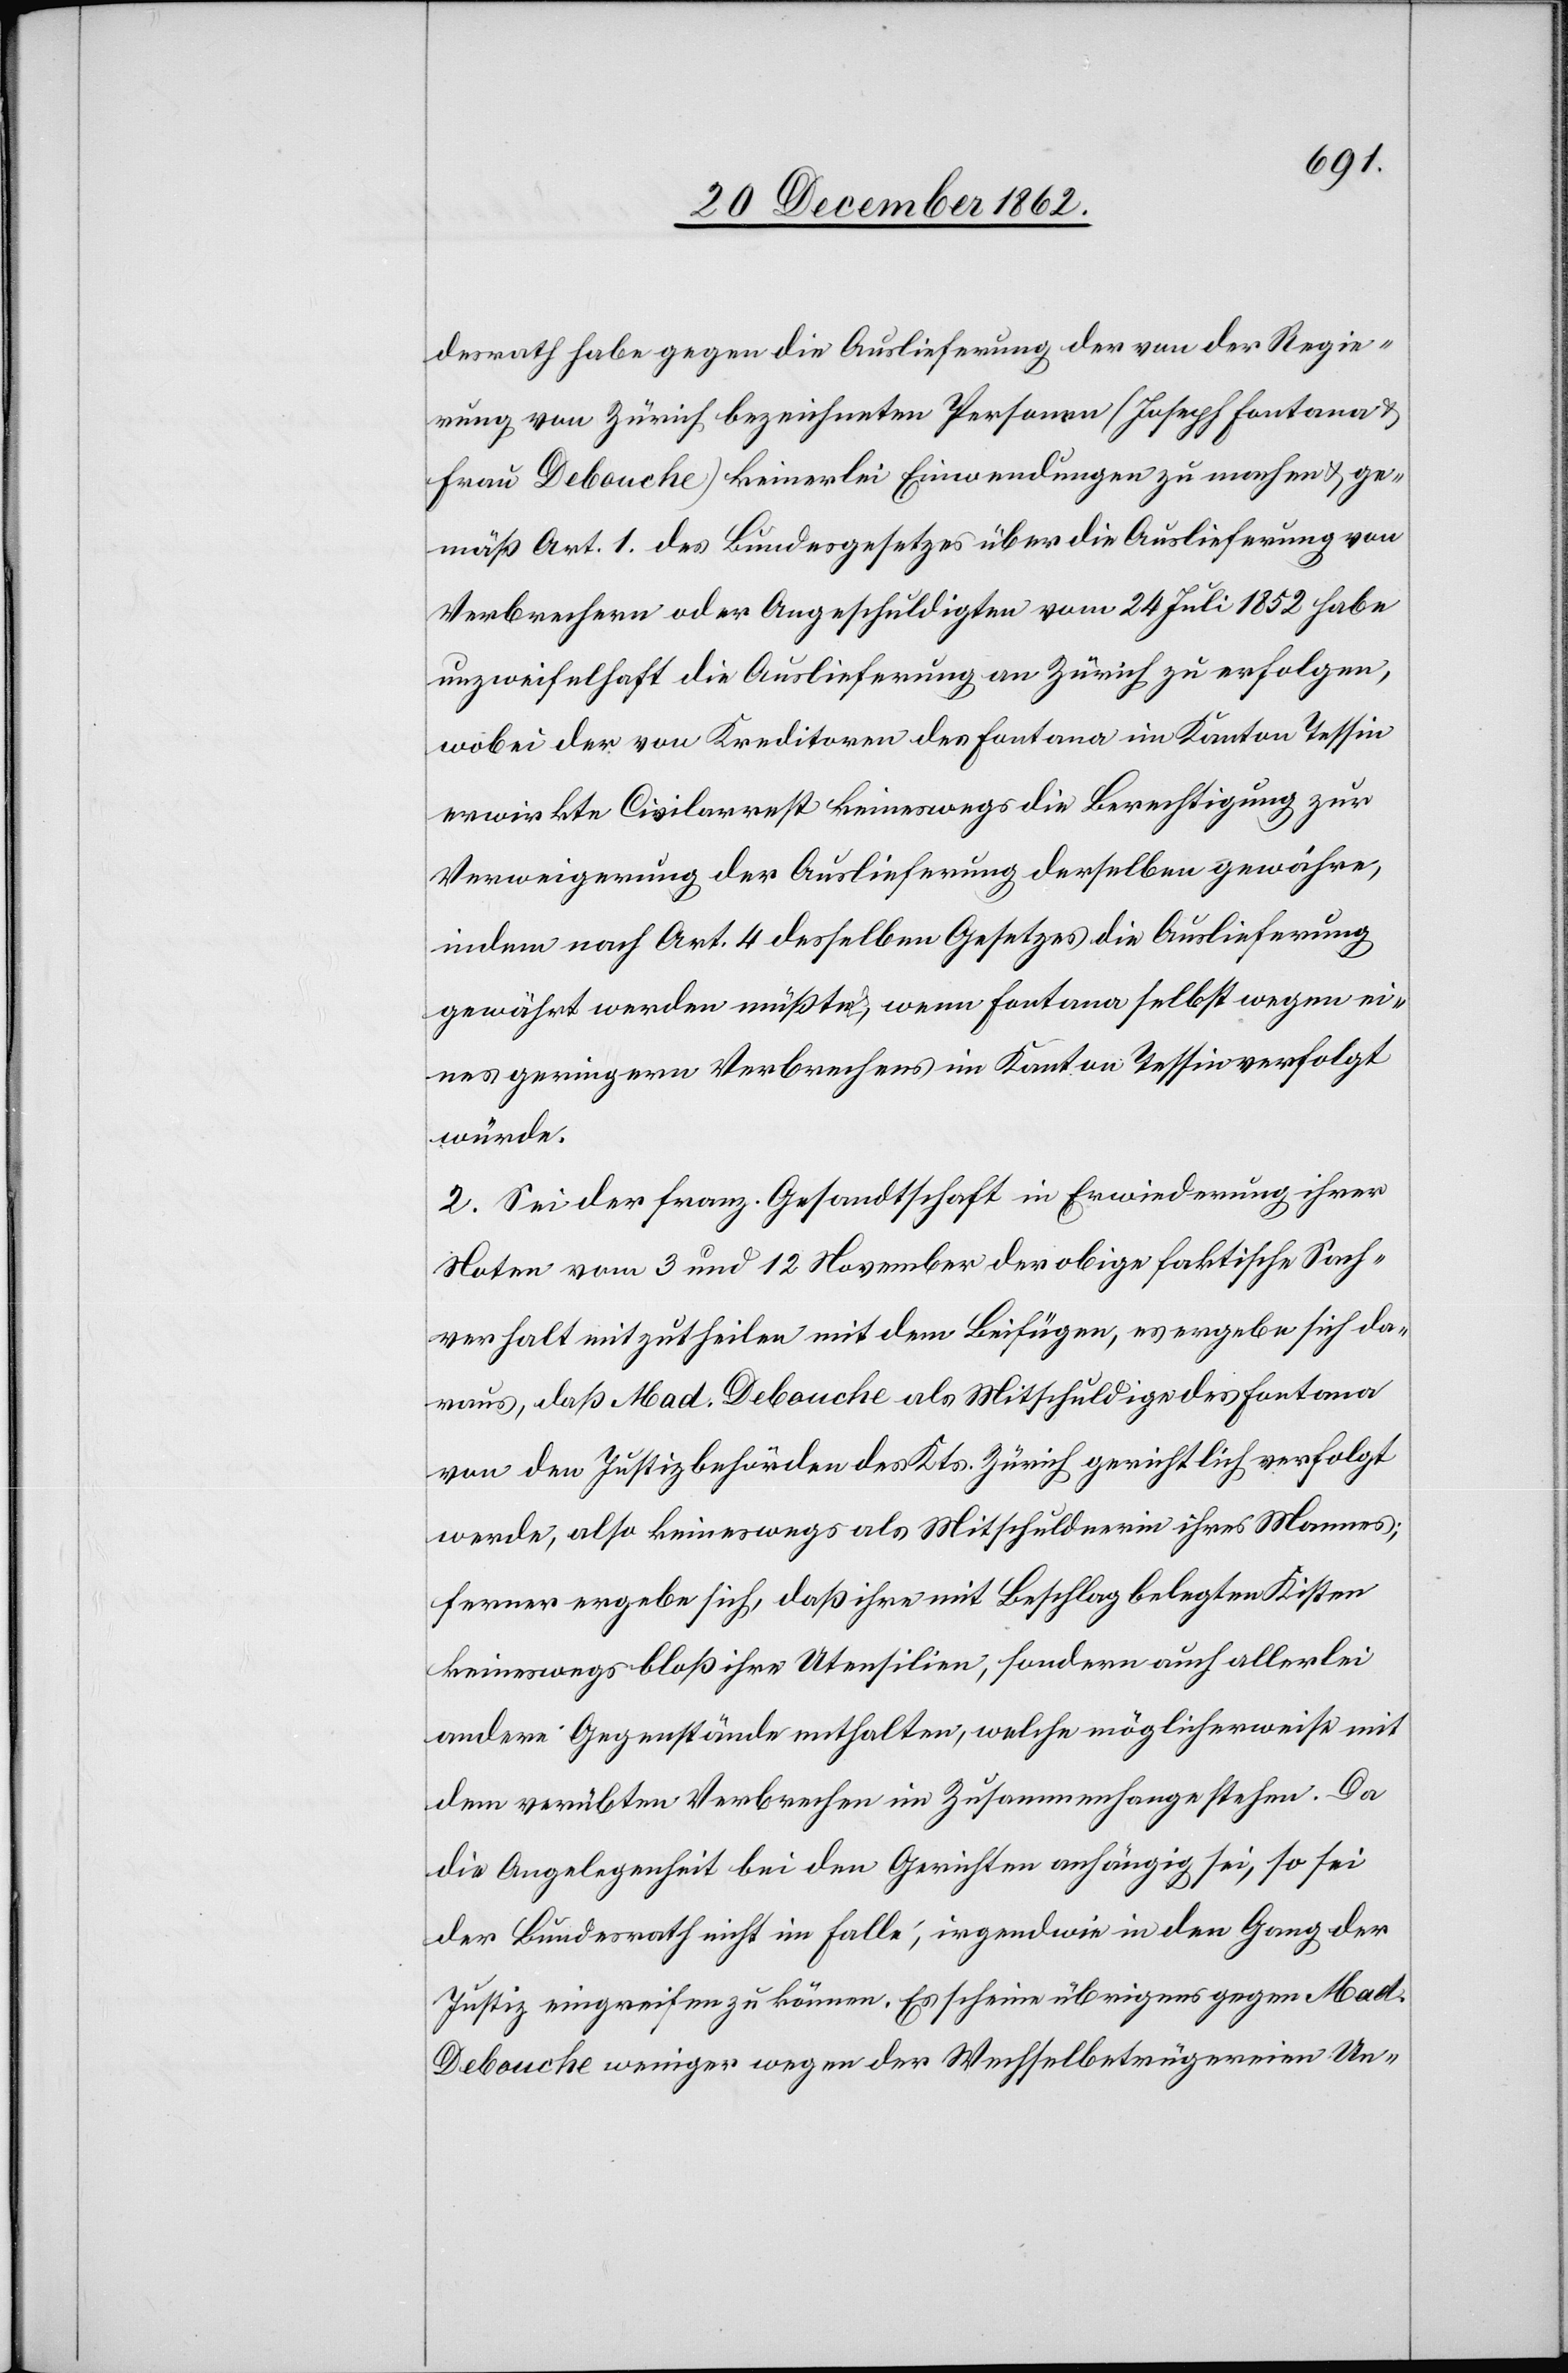
desrath habe gegen die Auslieferung der von der Regie¬
rung von Zürich bezeichneten Personen (Joseph Fontana
Frau Debouche) keinerlei Einwendungen zu machen u. ge¬
mäß Art. 1. des Bundesgesetzes über die Auslieferung von
Verbrechern oder Angeschuldigten vom 24. Juli 1852 habe
unzweifelhaft die Auslieferung an Zürich zu erfolgen,
wobei der von Kreidtoren des Fontana im Kanton Tessin
erwirkte Civilarrest keineswegs die Berechtigung zur
Verweigerung der Auslieferung derselben gewähre,
indem nach Art. 4 desselben Gesetzes die Auslieferung
gewährt werden müßte, wenn Fontana selbst wegen ei¬
nes geringern Verbrechens im Kanton Tessin verfolgt
würde.
2. Sei der franz. Gesandtschaft in Erwiederung ihrer
Noten vom 3. und 12. November der obige faktische Sach¬
verhalt mitzutheilen mit dem Beifügen, es ergebe sich da¬
raus, daß Mad. Debouche als Mitschuldige des Fontana
von den Justizbehörden des Kts. Zürich gerichtlich verfolgt
werde, also keineswegs als Mitschuldnerin ihres Mannes;
ferner ergebe sich, daß ihre mit Beschlag belegten Kisten
keineswegs bloß ihre Utensilien, sondern auch allerlei
andere Gegenstände enthalten, welche möglicherweise mit
dem verübten Verbrechen im Zusammenhange stehen. Da
die Angelegenheit bei den Gerichten anhängig sei, so sei
der Bundesrath nicht im Falle, irgendwie in den Gang der
Justiz eingreifen zu können. Es scheine übrigens gegen Mad.
Debouche weniger wegen der Wechselbetrügereien Un-